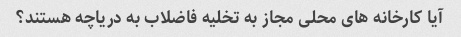
آیا کارخانه های محلی مجاز به تخلیه فاضلاب به دریاچه هستند؟